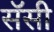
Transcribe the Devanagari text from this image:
सॅसी